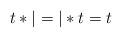
LaTeX: \begin{align*} t\ast |=|\ast t=t\end{align*}